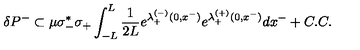
\delta P ^ { - } \subset \mu \sigma _ { - } ^ { * } \sigma _ { + } \int _ { - L } ^ { L } { \frac { 1 } { 2 L } } e ^ { \lambda _ { + } ^ { ( - ) } ( 0 , x ^ { - } ) } e ^ { \lambda _ { + } ^ { ( + ) } ( 0 , x ^ { - } ) } d x ^ { - } + C . C .